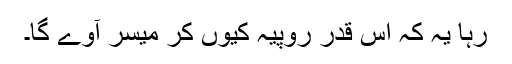
رہا یہ کہ اس قدر روپیہ کیوں کر میسر آوے گا۔